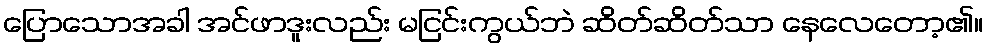
ပြောသောအခါ အင်ဖာဒူးလည်း မငြင်းကွယ်ဘဲ ဆိတ်ဆိတ်သာ နေလေတော့၏။